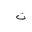
Letter: _ta